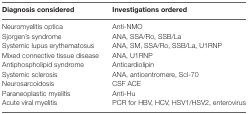
| Diagnosis considered | Investigations ordered |
 | --- | --- |
 | Neuromyelitis optica | Anti-NMO |
 | Sjorgen’s syndrome | ANA, SSA/Ro, SSB/La |
 | Systemic lupus erythematosus | ANA, SM, SSA/Ro, SSB/La, U1RNP |
 | Mixed connective tissue disease | ANA, U1RNP |
 | Antiphospholipid syndrome | Anticardiolipin |
 | Systemic sclerosis | ANA, anticentromere, Scl-70 |
 | Neurosarcoidosis | CSF ACE |
 | Paraneoplastic myelitis | Anti-Hu |
 | Acute viral myelitis | PCR for HBV, HCV, HSV1/HSV2, enterovirus |